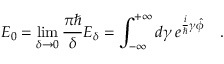
{ \cal E } _ { 0 } = \operatorname * { l i m } _ { \delta \rightarrow 0 } \frac { \pi \hbar } { \delta } { \cal E } _ { \delta } = \int _ { - \infty } ^ { + \infty } d \gamma \, e ^ { \frac { i } { \hbar } \gamma \hat { \phi } } \ \ \ .